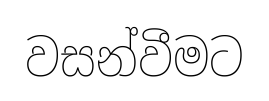
වසන්වීමට